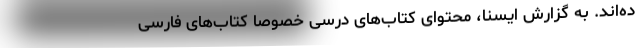
ده‌اند. به گزارش ایسنا، محتوای کتاب‌های درسی خصوصا کتاب‌های فارسی